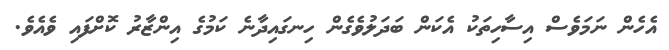
އެހެން ނަމަވެސް އިސާހިތަކު އެކަން ބަދަލުވެގެން ހިނގައިދާނެ ކަމުގެ އިންޒާރު ކޮށްފައި ވެއެވެ.